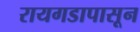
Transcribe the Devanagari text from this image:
रायगडापासून